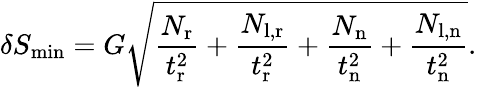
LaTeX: \delta S_{\mathrm{min}}=G\sqrt{\frac{N_{\mathrm{r}}}{t_{\mathrm{r}}^{2}}+\frac{N_{\mathrm{l,r}}}{t_{\mathrm{r}}^{2}}+\frac{N_{\mathrm{n}}}{t_{\mathrm{n}}^{2}}+\frac{N_{\mathrm{l,n}}}{t_{\mathrm{n}}^{2}}}.